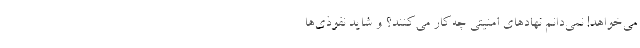
می‌خواهد! نمی‌دانم نهادهای امنیتی چه‌کار می‌کنند؟ و شاید نفوذی‌ها